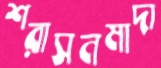
শরাসনমাদা